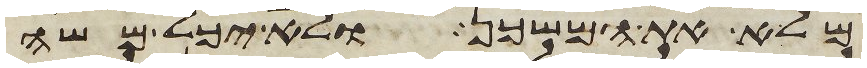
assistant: מלא את המשכן ולא יכל משה